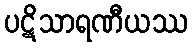
ပဋိသာရဏီယဿ